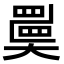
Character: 𡚇